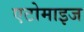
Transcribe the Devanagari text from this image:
एटोमाइज